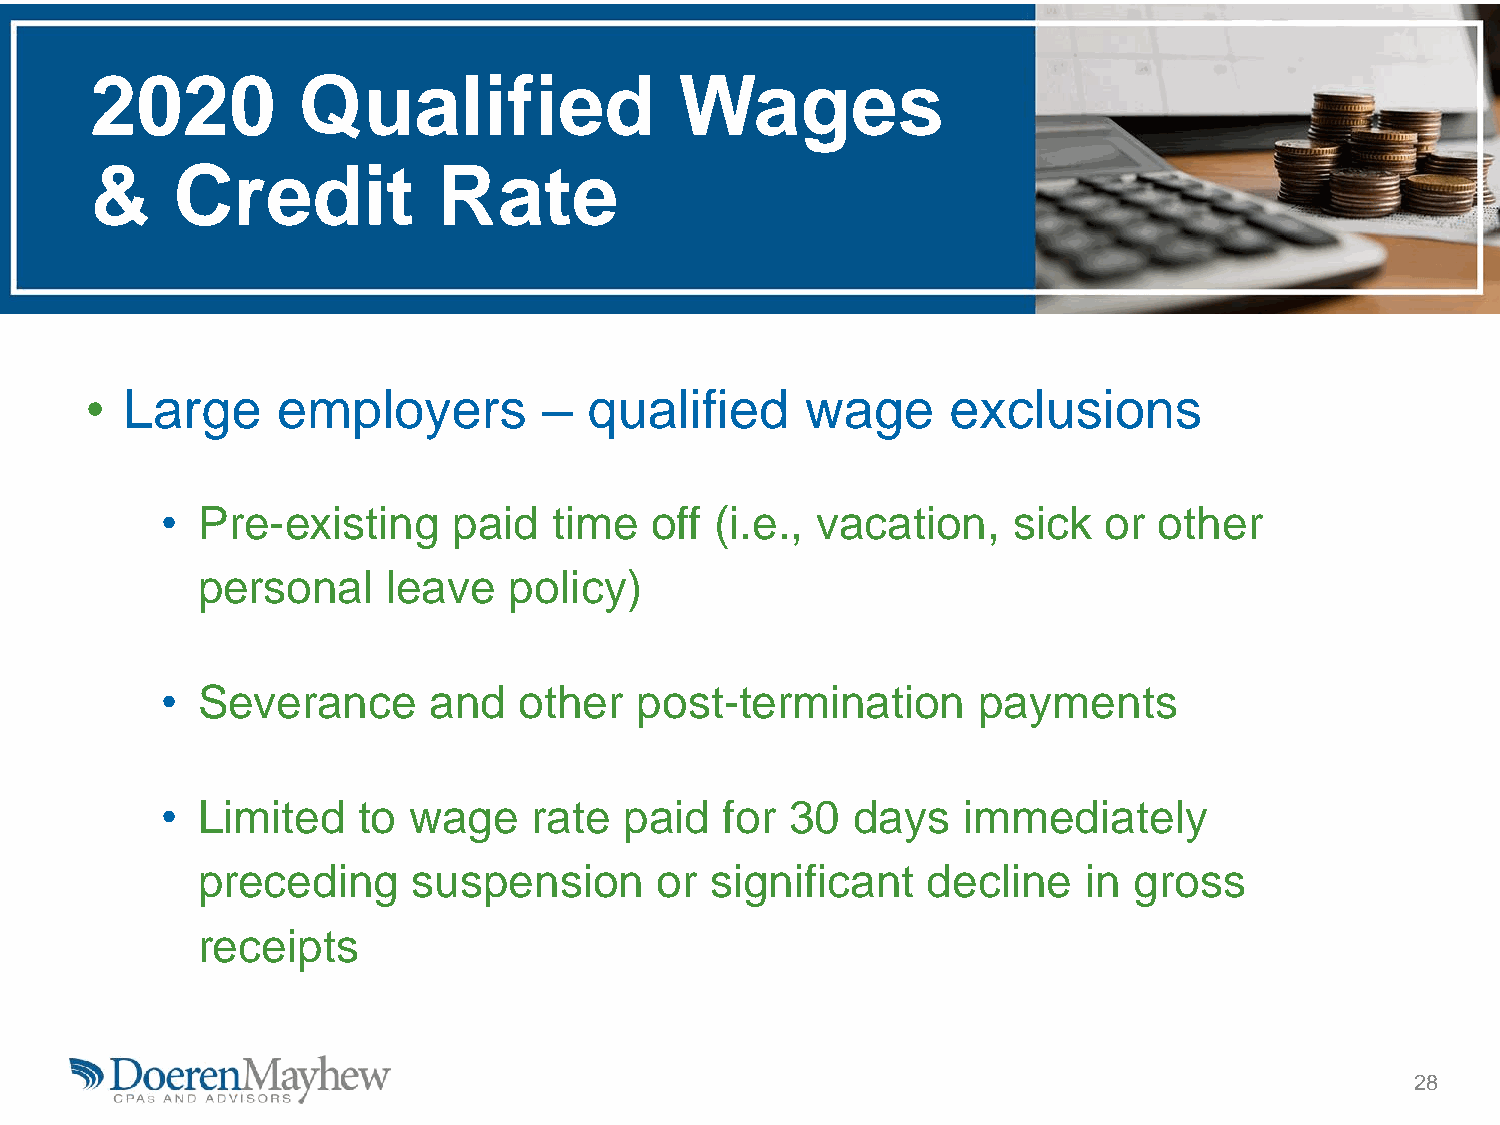
2020          Qualified                Wages
 &    Credit            Rate
 • Large     employers         –  qualified     wage      exclusions
 • Pre-existing     paid   time  off (i.e., vacation,    sick  or  other
 personal     leave   policy)
 • Severance      and   other   post-termination       payments
 • Limited    to wage    rate  paid   for 30   days   immediately
 preceding     suspension       or significant   decline    in gross
 receipts
 28